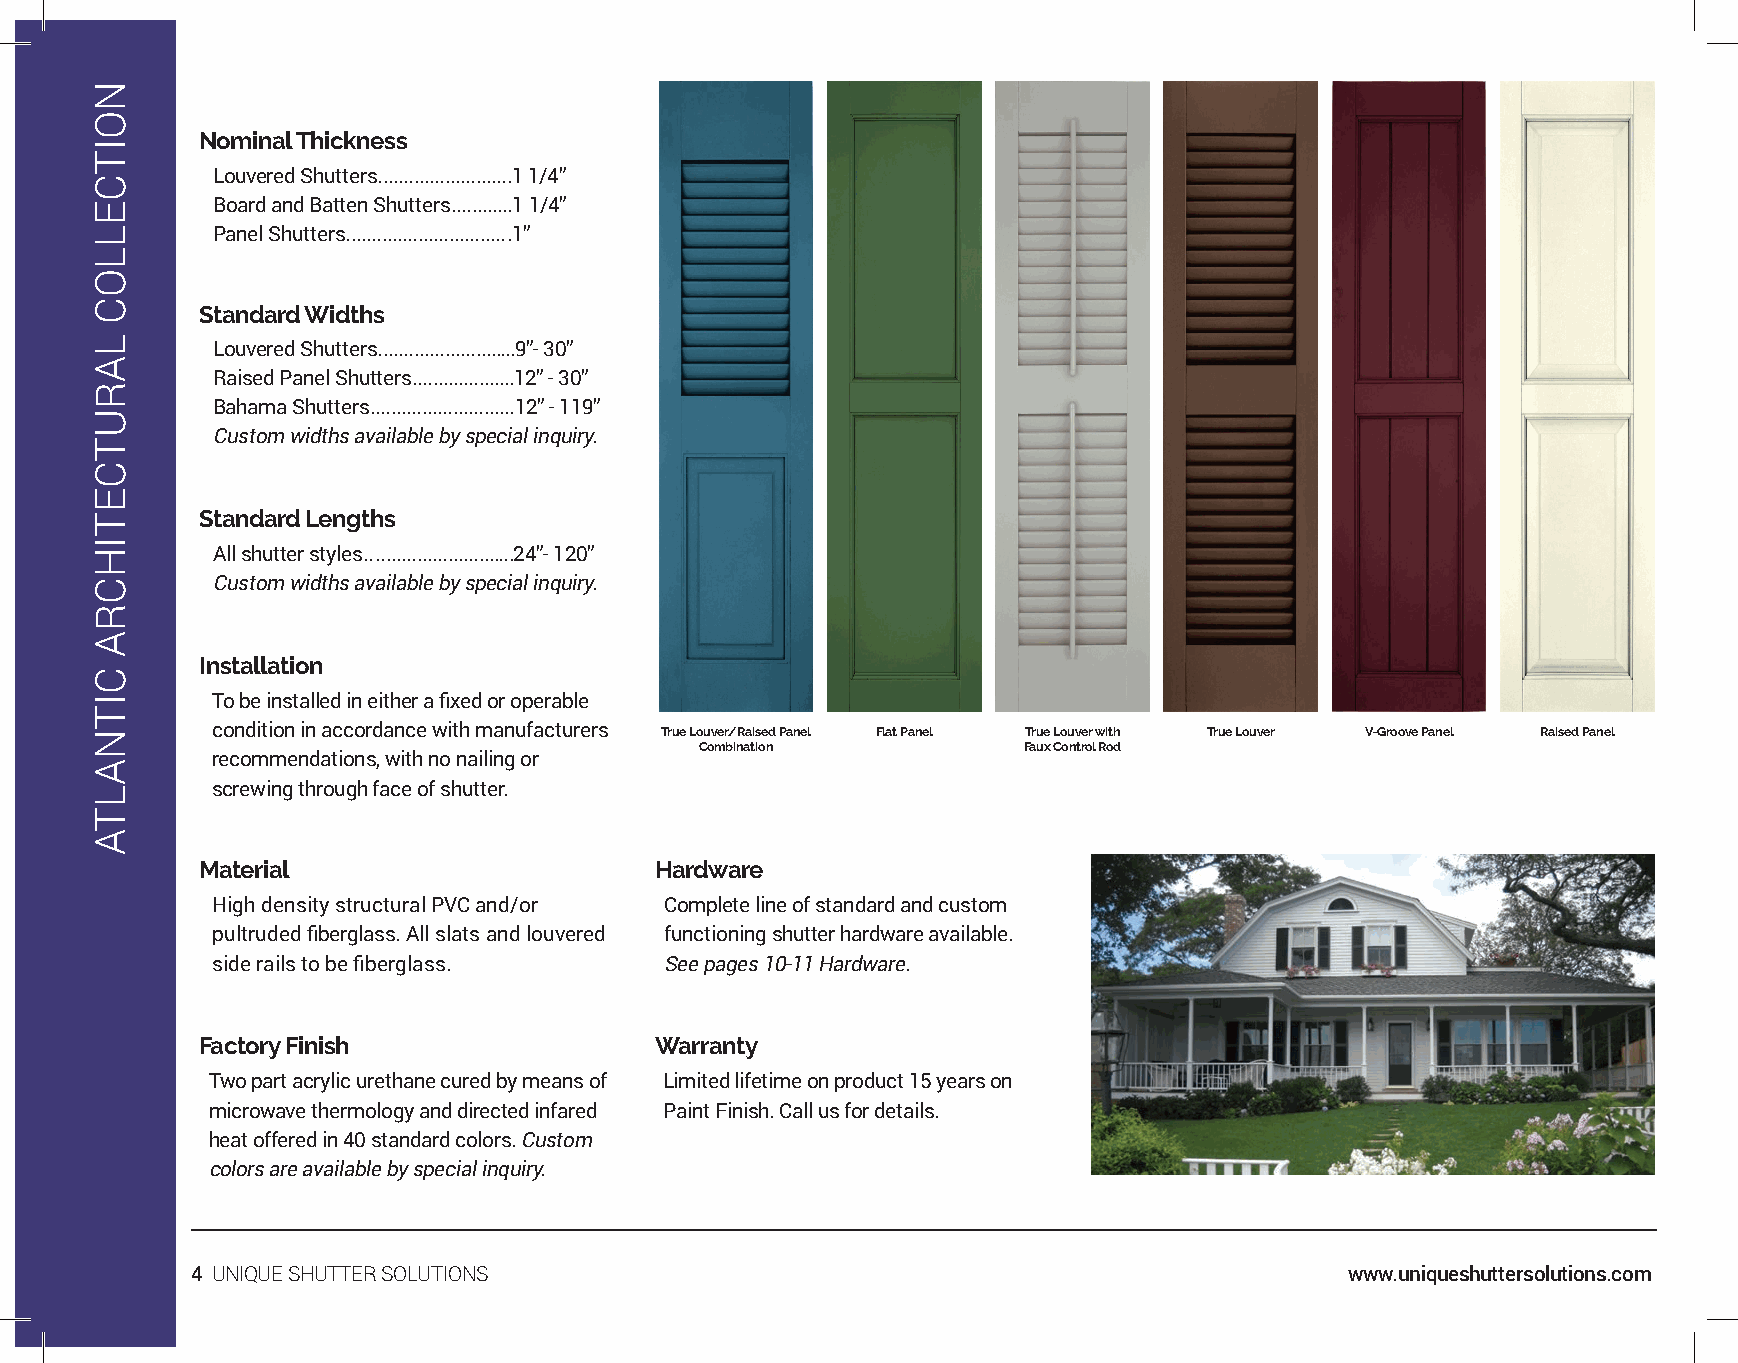
Nominal Thickness
 Louvered Shutters..........................1 1/4”
 Board and Batten Shutters............1 1/4”
 Panel Shutters................................1”
 Standard Widths
 Louvered Shutters...........................9”- 30”
 Raised Panel Shutters....................12” - 30”
 Bahama Shutters............................12” - 119”
 Custom widths available by special inquiry.
 Standard Lengths
 All shutter styles.............................24”- 120”
 Custom widths available by special inquiry.
 Installation
 To be installed in either a fixed or operable
 condition in accordance with manufacturers True Louver/Raised Panel Flat Panel True Louver with True Louver V-Groove Panel Raised Panel
 Combination           Faux Control Rod
 recommendations, with no nailing or
 screwing through face of shutter.
 Material                      Hardware
 High density structural PVC and/or Complete line of standard and custom
 pultruded fiberglass. All slats and louvered functioning shutter hardware available.
 side rails to be fiberglass.  See pages 10-11 Hardware.
 Factory Finish                Warranty
 Two part acrylic urethane cured by means of Limited lifetime on product 15 years on
 microwave thermology and directed infared Paint Finish. Call us for details.
 heat offered in 40 standard colors. Custom
 colors are available by special inquiry.
 4 UNIQUE SHUTTER SOLUTIONS                                                  www.uniqueshuttersolutions.com
 NOITCELLOC
 LARUTCETIHCRA
 CITNALTA